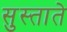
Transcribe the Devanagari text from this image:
सुस्ताते